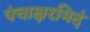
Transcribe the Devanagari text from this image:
पंचाक्षरमिदं